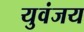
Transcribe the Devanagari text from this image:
युवंजय